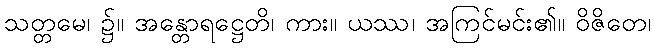
သတ္တမေ၊ ၌။ အန္တောရဋ္ဌေတိ၊ ကား။ ယဿ၊ အကြင်မင်း၏။ ဝိဇိတေ၊